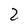
Character: 2